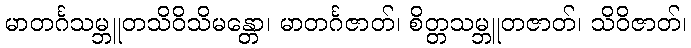
မာတင်္ဂသမ္ဘူတသိဝိသိမန္တော၊ မာတင်္ဂဇာတ်၊ စိတ္တသမ္ဘူတဇာတ်၊ သိဝိဇာတ်၊